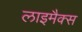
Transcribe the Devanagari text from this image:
लाइमैक्स